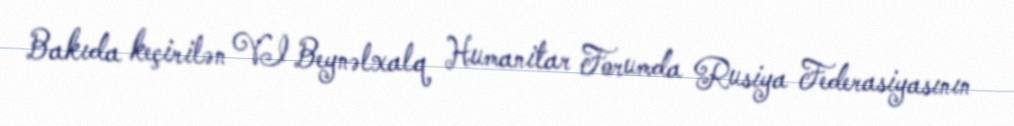
Bakıda keçirilən VI Beynəlxalq Humanitar Forumda Rusiya Federasiyasının